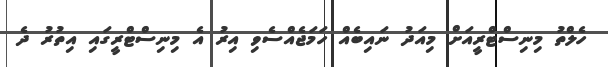
ހެލްތު މިނިސްޓްރީއަށް މިއަދު ނައިބެއް ހަމަޖެއްސެވި އިރު އެ މިނިސްޓްރީގައި އިތުރު ދެ